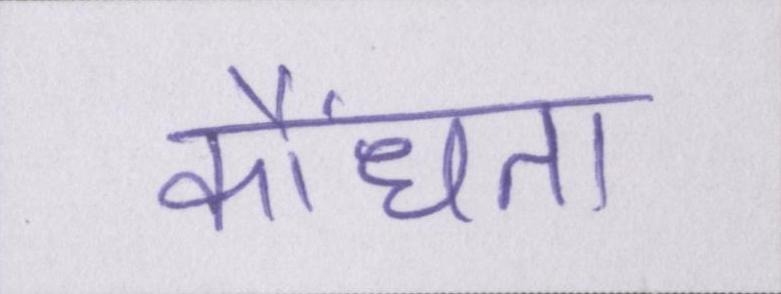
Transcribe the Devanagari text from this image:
कौंधता